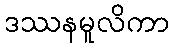
ဒဿနမူလိကာ